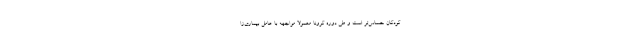
کودکان حساس‌تر است و طی دوره کرونا معمولا مواجهه با عامل بیماری‌زا